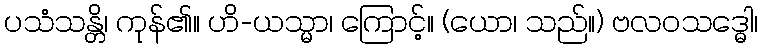
ပသံသန္တိ၊ ကုန်၏။ ဟိ-ယသ္မာ၊ ကြောင့်။ (ယော၊ သည်။) ဗလဝသဒ္ဓေါ၊